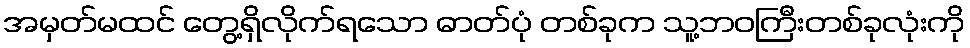
အမှတ်မထင် တွေ့ရှိလိုက်ရသော ဓာတ်ပုံ တစ်ခုက သူ့ဘဝကြီးတစ်ခုလုံးကို